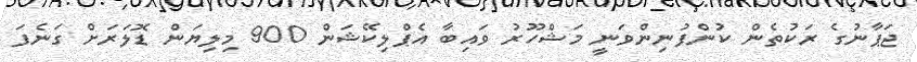
ޖަޕާނުގެ ރަކުތެން ކުންފުނިންވަނީ މަޝްހޫރު ވައިބާ އެޕްލިކޭޝަން 900 މިލިޔަން ޑޮލަރަށް ގަނެފަ